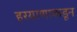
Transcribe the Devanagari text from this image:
हरयाणाकडून